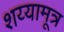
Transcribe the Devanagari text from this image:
शय्यामूत्र